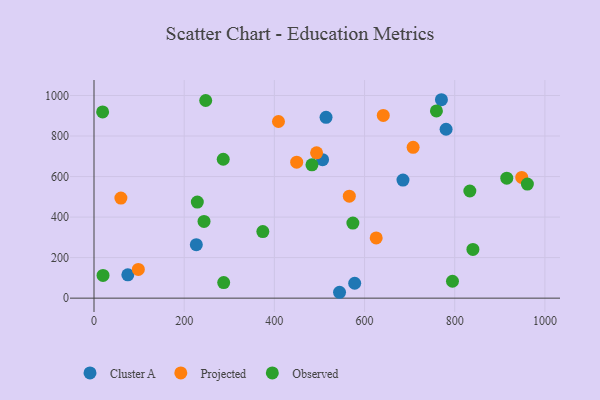
{"axis": {"x": "Ad Spend", "y": "Demand"}, "legend": ["Cluster A", "Observed", "Projected"], "data": [{"x": "226.9", "y": 263.7, "type": "Cluster A"}, {"x": "685.2", "y": 582.5, "type": "Cluster A"}, {"x": "780.8", "y": 833.4, "type": "Cluster A"}, {"x": "544.5", "y": 29.0, "type": "Cluster A"}, {"x": "770.5", "y": 979.1, "type": "Cluster A"}, {"x": "506.9", "y": 683.5, "type": "Cluster A"}, {"x": "75.0", "y": 115.1, "type": "Cluster A"}, {"x": "514.6", "y": 892.5, "type": "Cluster A"}, {"x": "578.1", "y": 73.6, "type": "Cluster A"}, {"x": "493.6", "y": 717.0, "type": "Projected"}, {"x": "625.8", "y": 297.2, "type": "Projected"}, {"x": "59.6", "y": 493.6, "type": "Projected"}, {"x": "948.6", "y": 595.7, "type": "Projected"}, {"x": "98.3", "y": 141.6, "type": "Projected"}, {"x": "409.1", "y": 871.7, "type": "Projected"}, {"x": "707.7", "y": 744.0, "type": "Projected"}, {"x": "641.5", "y": 901.7, "type": "Projected"}, {"x": "566.2", "y": 503.3, "type": "Projected"}, {"x": "449.5", "y": 671.1, "type": "Projected"}, {"x": "286.6", "y": 685.3, "type": "Observed"}, {"x": "19.1", "y": 918.9, "type": "Observed"}, {"x": "229.1", "y": 474.3, "type": "Observed"}, {"x": "833.5", "y": 528.7, "type": "Observed"}, {"x": "795.0", "y": 83.3, "type": "Observed"}, {"x": "20.0", "y": 112.1, "type": "Observed"}, {"x": "247.7", "y": 975.2, "type": "Observed"}, {"x": "961.1", "y": 562.7, "type": "Observed"}, {"x": "244.0", "y": 378.7, "type": "Observed"}, {"x": "483.3", "y": 658.1, "type": "Observed"}, {"x": "759.4", "y": 924.0, "type": "Observed"}, {"x": "374.4", "y": 328.3, "type": "Observed"}, {"x": "840.3", "y": 240.4, "type": "Observed"}, {"x": "574.1", "y": 370.4, "type": "Observed"}, {"x": "915.4", "y": 591.9, "type": "Observed"}, {"x": "287.6", "y": 76.7, "type": "Observed"}]}